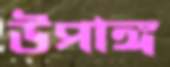
উপাঙ্গ